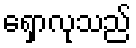
ရှောလုသည်